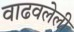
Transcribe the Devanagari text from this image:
वाढवलेली